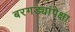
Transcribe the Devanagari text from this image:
बरगड्यांपेक्षा